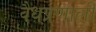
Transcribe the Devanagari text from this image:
वैधप्रणाली